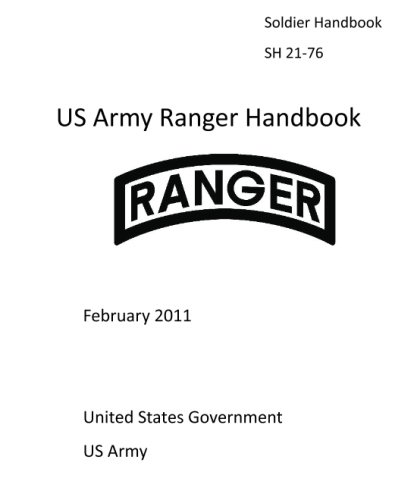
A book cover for Soldier Handbook SH 21-76   US Army Ranger Handbook   February 2011; United States Government US Army; Test Preparation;